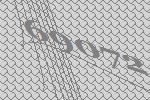
69072